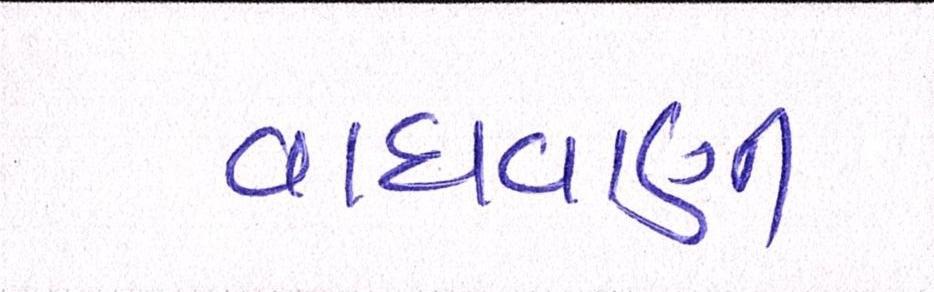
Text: વાધવાણી